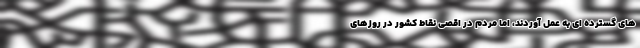
های گسترده ای به عمل آوردند، اما مردم در اقصی نقاط کشور در روزهای